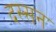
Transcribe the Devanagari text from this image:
दस्सन